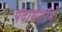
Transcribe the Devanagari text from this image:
पदार्थतरंगें